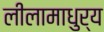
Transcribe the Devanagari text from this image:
लीलामाधुर्य